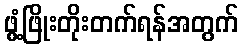
ဖွံ့ဖြိုးတိုးတက်ရန်အတွက်